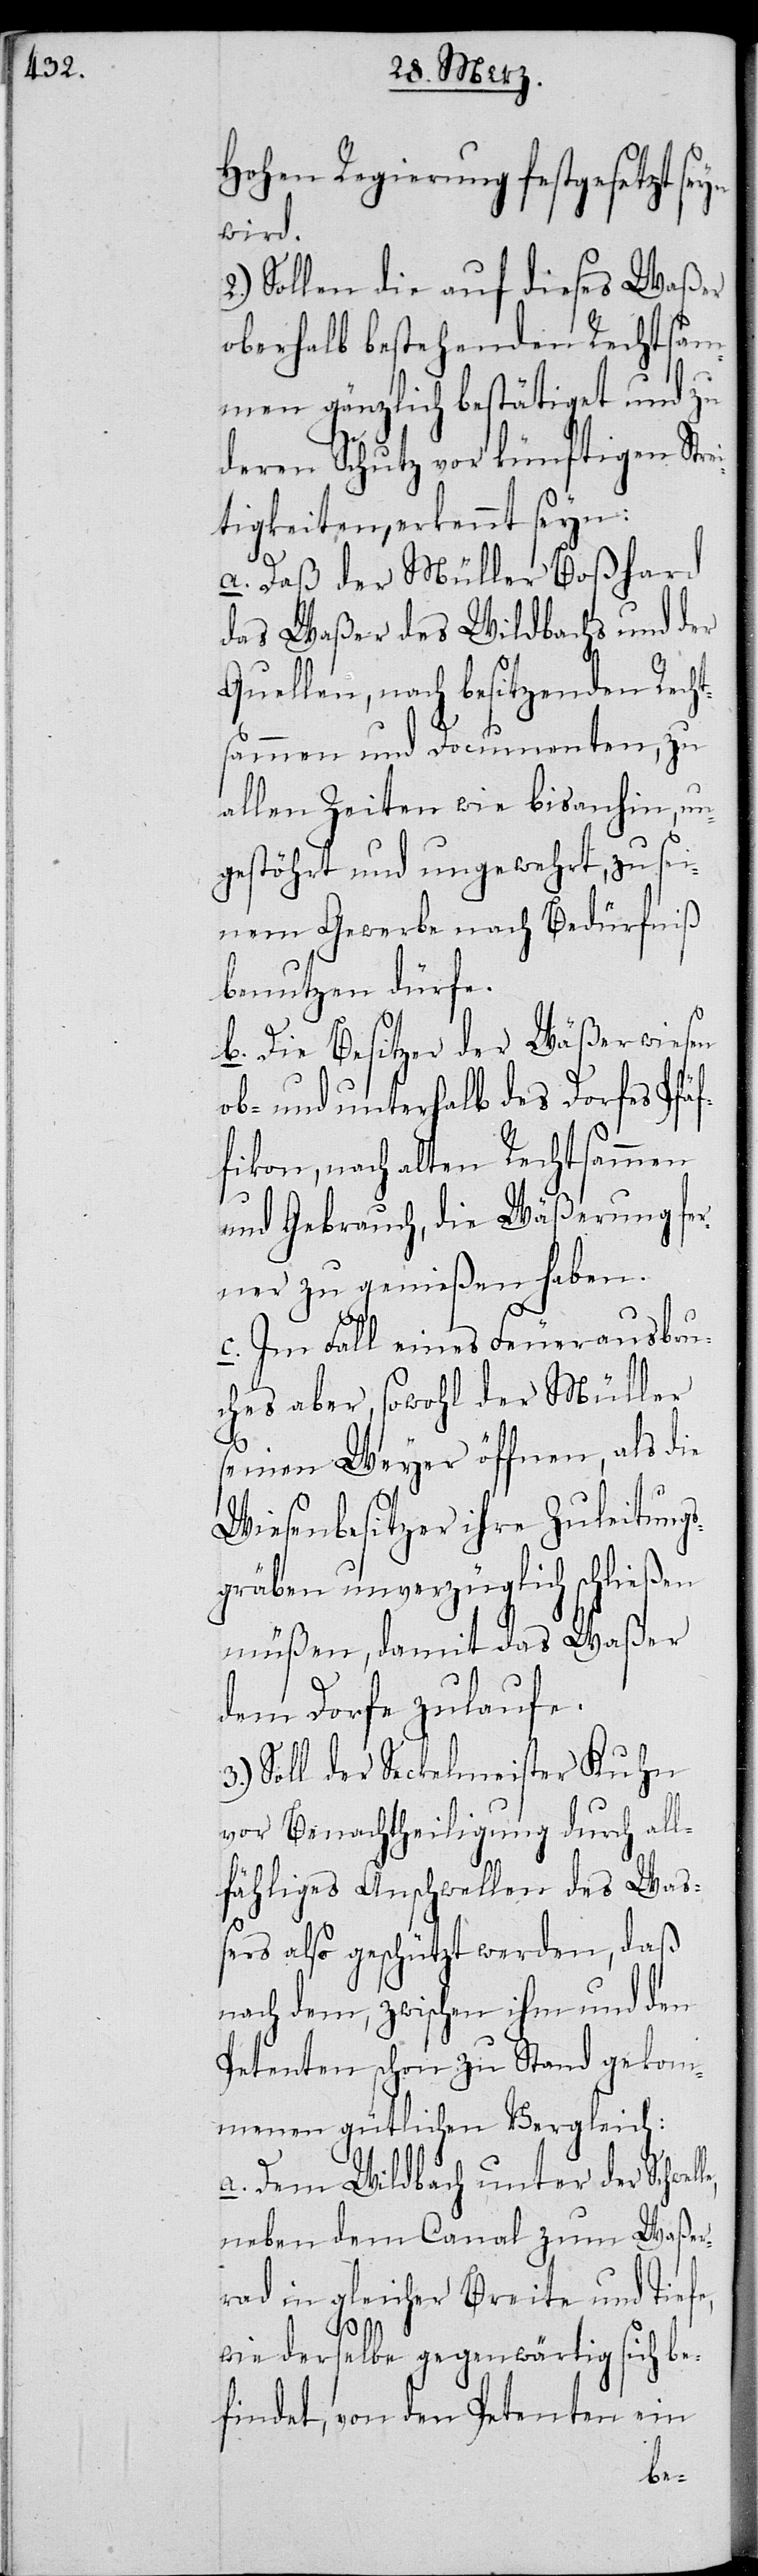
Hohen Regierung festgesetzt
wird.
2.) Sollen die auf dieses Waßer
oberhalb bestehenden Rechtsa¬
mmen gänzlich bestätiget und zu
deren Schutz vor künftigen Str¬
tigkeiten, erkennt seyn:
a. Daß der Müller Boßhard
das Waßer des Wildbachs und der
Quellen, nach besitzenden Rech¬
tsammen und Documenten, zu
allen Zeiten wie bis anhin, un¬
gestöhrt und ungewehrt, zu sei¬
nem Gewerbe nach Bedürfniß
benutzen dürfe.
b. Die Besitzer der Wäßerwiesen
ob- und unterhalb des Dorfes Pfä¬
fikon, nach alten Rechtsammen
und Gebrauch, die Wäßerung fer¬
ner zu genießen haben.
c. Im Fall eines Feuerausbru¬
ches aber, sowohl der Müller
seinen Weyer öffnen, als die
Wiesenbesitzer ihre Zuleitungs¬
gräben unverzüglich schließen
müßen, damit das Waßer
dem Dorfe zulaufe.
Soll der Seckelmeister Kuhn
vor Benachtheiligung durch all¬
fähliges Anschwellen des Waß¬
ers also geschützt werden, daß
nach dem, zwischen ihm und den
Petenten schon zu Stand gekom¬
menen güthlichen Vergleich:
a. Dem Wildbach unter der Schwel¬
neben dem Canal zum Waßer¬
rad in gleicher Breite und Tiefe,
wie derselbe gegenwärtig sich be¬
findet, von den Petenten ein
le,